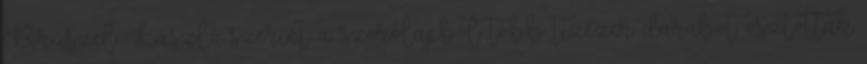
Brúszel László szerint a szórólapból több tízezer darabot osztottak